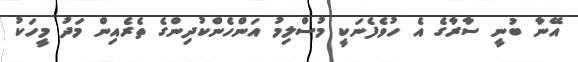
އޭނާ ބުނީ ސާރާގެ އެ ހުވެފެނަކީ މުސްލިމު އަންހެންކުދިންގެ ތެރެއިން މަދު މީހަކު